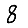
Digit: 8